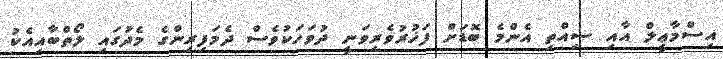
އިސްމާޢީލް އާއި ސިއްތި އެންމެ ބޮޑަށް ފަޚުރުވެރިވަނީ ދުވަހަކުވެސް ދެމަފިރިންގެ މެދުގައި ލޯތްބާއިއެކު